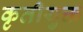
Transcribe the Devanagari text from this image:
कृतीयुक्त